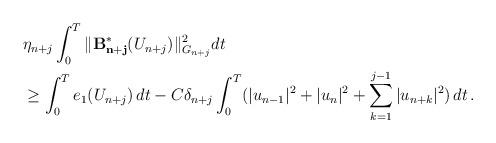
LaTeX: \begin{align*}&\eta_{n+j}\int_0^T \| \mathcal{\mathbf{B^{\ast}_{n+j}}}(U_{n+j}) \|_{G_{n+j}}^2 dt \\&\ge\int_0^T e_1(U_{n+j})\,dt - C\delta_{n+j} \int_0^T (|u_{n-1}|^2 +|u_n|^2+\sum_{k=1}^{j-1} |u_{n+k}|^2)\,dt \,.\end{align*}